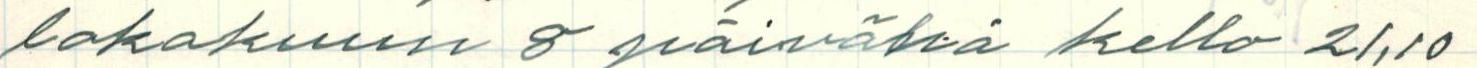
lokakuun 8 päivänä kello 21.10